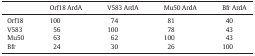
|  | Orf18 ArdA | V583 ArdA | Mu50 ArdA | Bfr ArdA |
 | --- | --- | --- | --- | --- |
 | Orf18 | 100 | 74 | 81 | 40 |
 | V583 | 56 | 100 | 78 | 43 |
 | Mu50 | 63 | 62 | 100 | 43 |
 | Bfr | 24 | 30 | 26 | 100 |